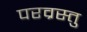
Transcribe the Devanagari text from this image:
परव्रस्तु